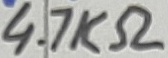
Text: 4.7KΩ